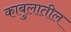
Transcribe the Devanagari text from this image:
काबुलातील